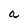
Character: a